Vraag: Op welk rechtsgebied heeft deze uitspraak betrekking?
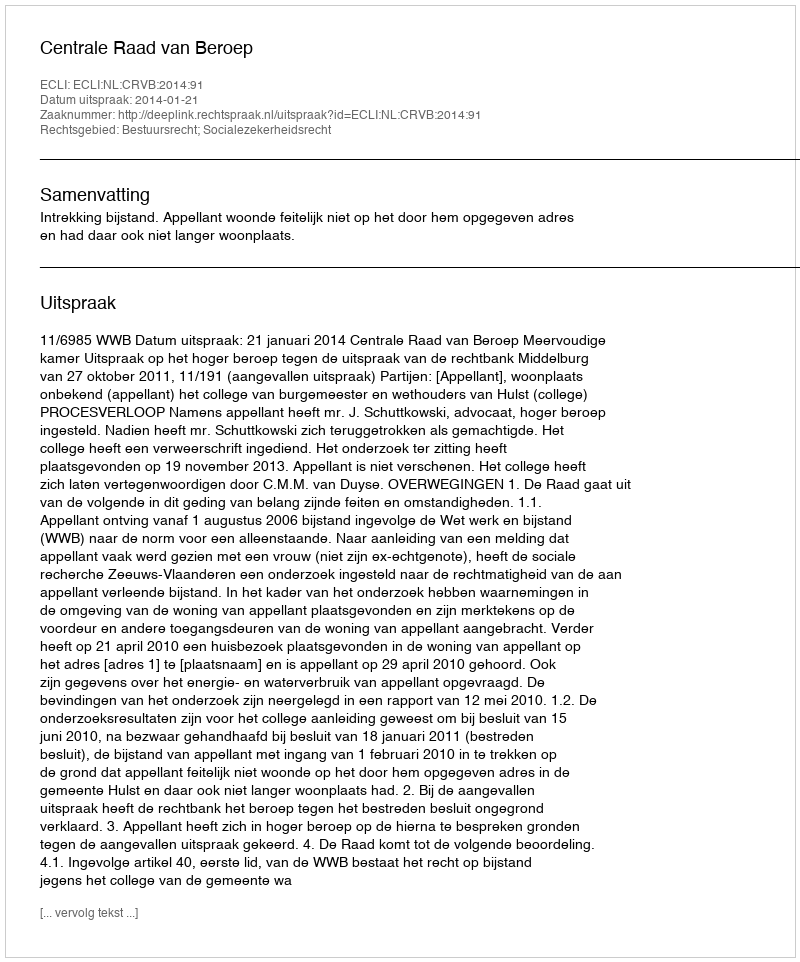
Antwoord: Bestuursrecht; Socialezekerheidsrecht